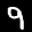
Label: 9